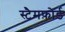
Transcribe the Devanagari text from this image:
स्टैमफ़ोर्ड